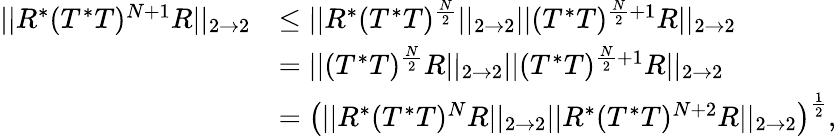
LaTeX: \begin{array}{rl}{||R^{*}(T^{*}T)^{N+1}R||_{2\rightarrow 2}}&{\leq||R^{*}(T^{*}T)^{\frac{N}{2}}||_{2\rightarrow 2}||(T^{*}T)^{\frac{N}{2}+1}R||_{2\rightarrow 2}}\\ &{=||(T^{*}T)^{\frac{N}{2}}R||_{2\rightarrow 2}||(T^{*}T)^{\frac{N}{2}+1}R||_{2\rightarrow 2}}\\ &{=\left(||R^{*}(T^{*}T)^{N}R||_{2\rightarrow 2}||R^{*}(T^{*}T)^{N+2}R||_{2\rightarrow 2}\right)^{\frac{1}{2}},}\end{array}